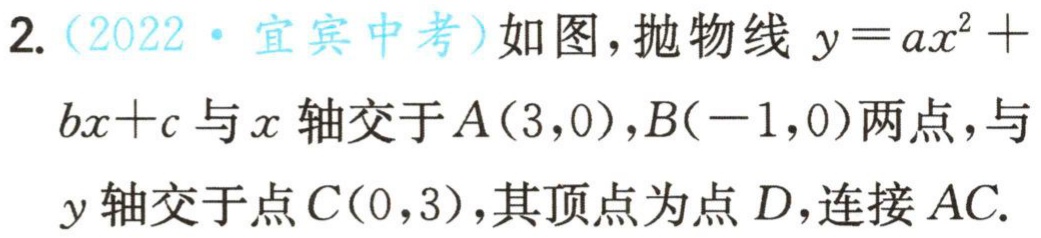
2.（2022·宜宾中考）如图，抛物线\(y = ax^{2}+bx + c\)与\(x\)轴交于\(A(3,0)\)，\(B(-1,0)\)两点，与\(y\)轴交于点\(C(0,3)\)，其顶点为点\(D\)，连接\(AC\).